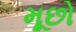
મૂછો